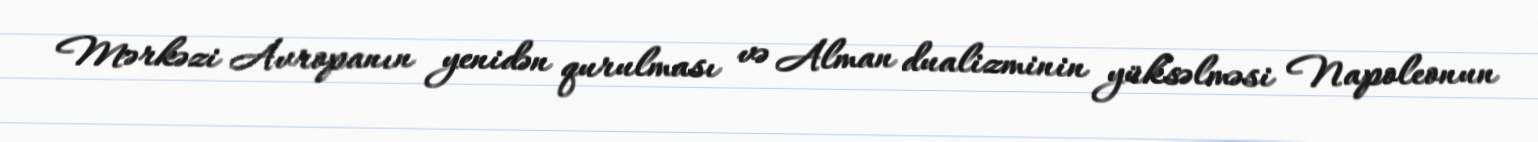
Mərkəzi Avropanın yenidən qurulması və Alman dualizminin yüksəlməsi Napoleonun